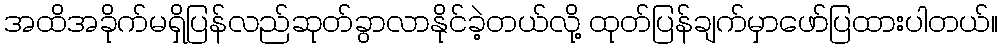
အထိအခိုက်မရှိပြန်လည်ဆုတ်ခွာလာနိုင်ခဲ့တယ်လို့ ထုတ်ပြန်ချက်မှာဖော်ပြထားပါတယ်။